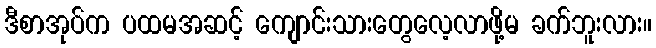
ဒီစာအုပ်က ပထမအဆင့် ကျောင်းသားတွေလေ့လာဖို့မ ခက်ဘူးလား။